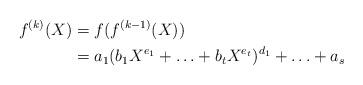
LaTeX: \begin{align*}f^{(k)}(X) & = f(f^{(k-1)}(X)) \\& = a_1(b_1X^{e_1}+ \ldots +b_tX^{e_t})^{d_1}+ \ldots +a_s\end{align*}